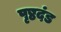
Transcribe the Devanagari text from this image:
पृष्ठदंड